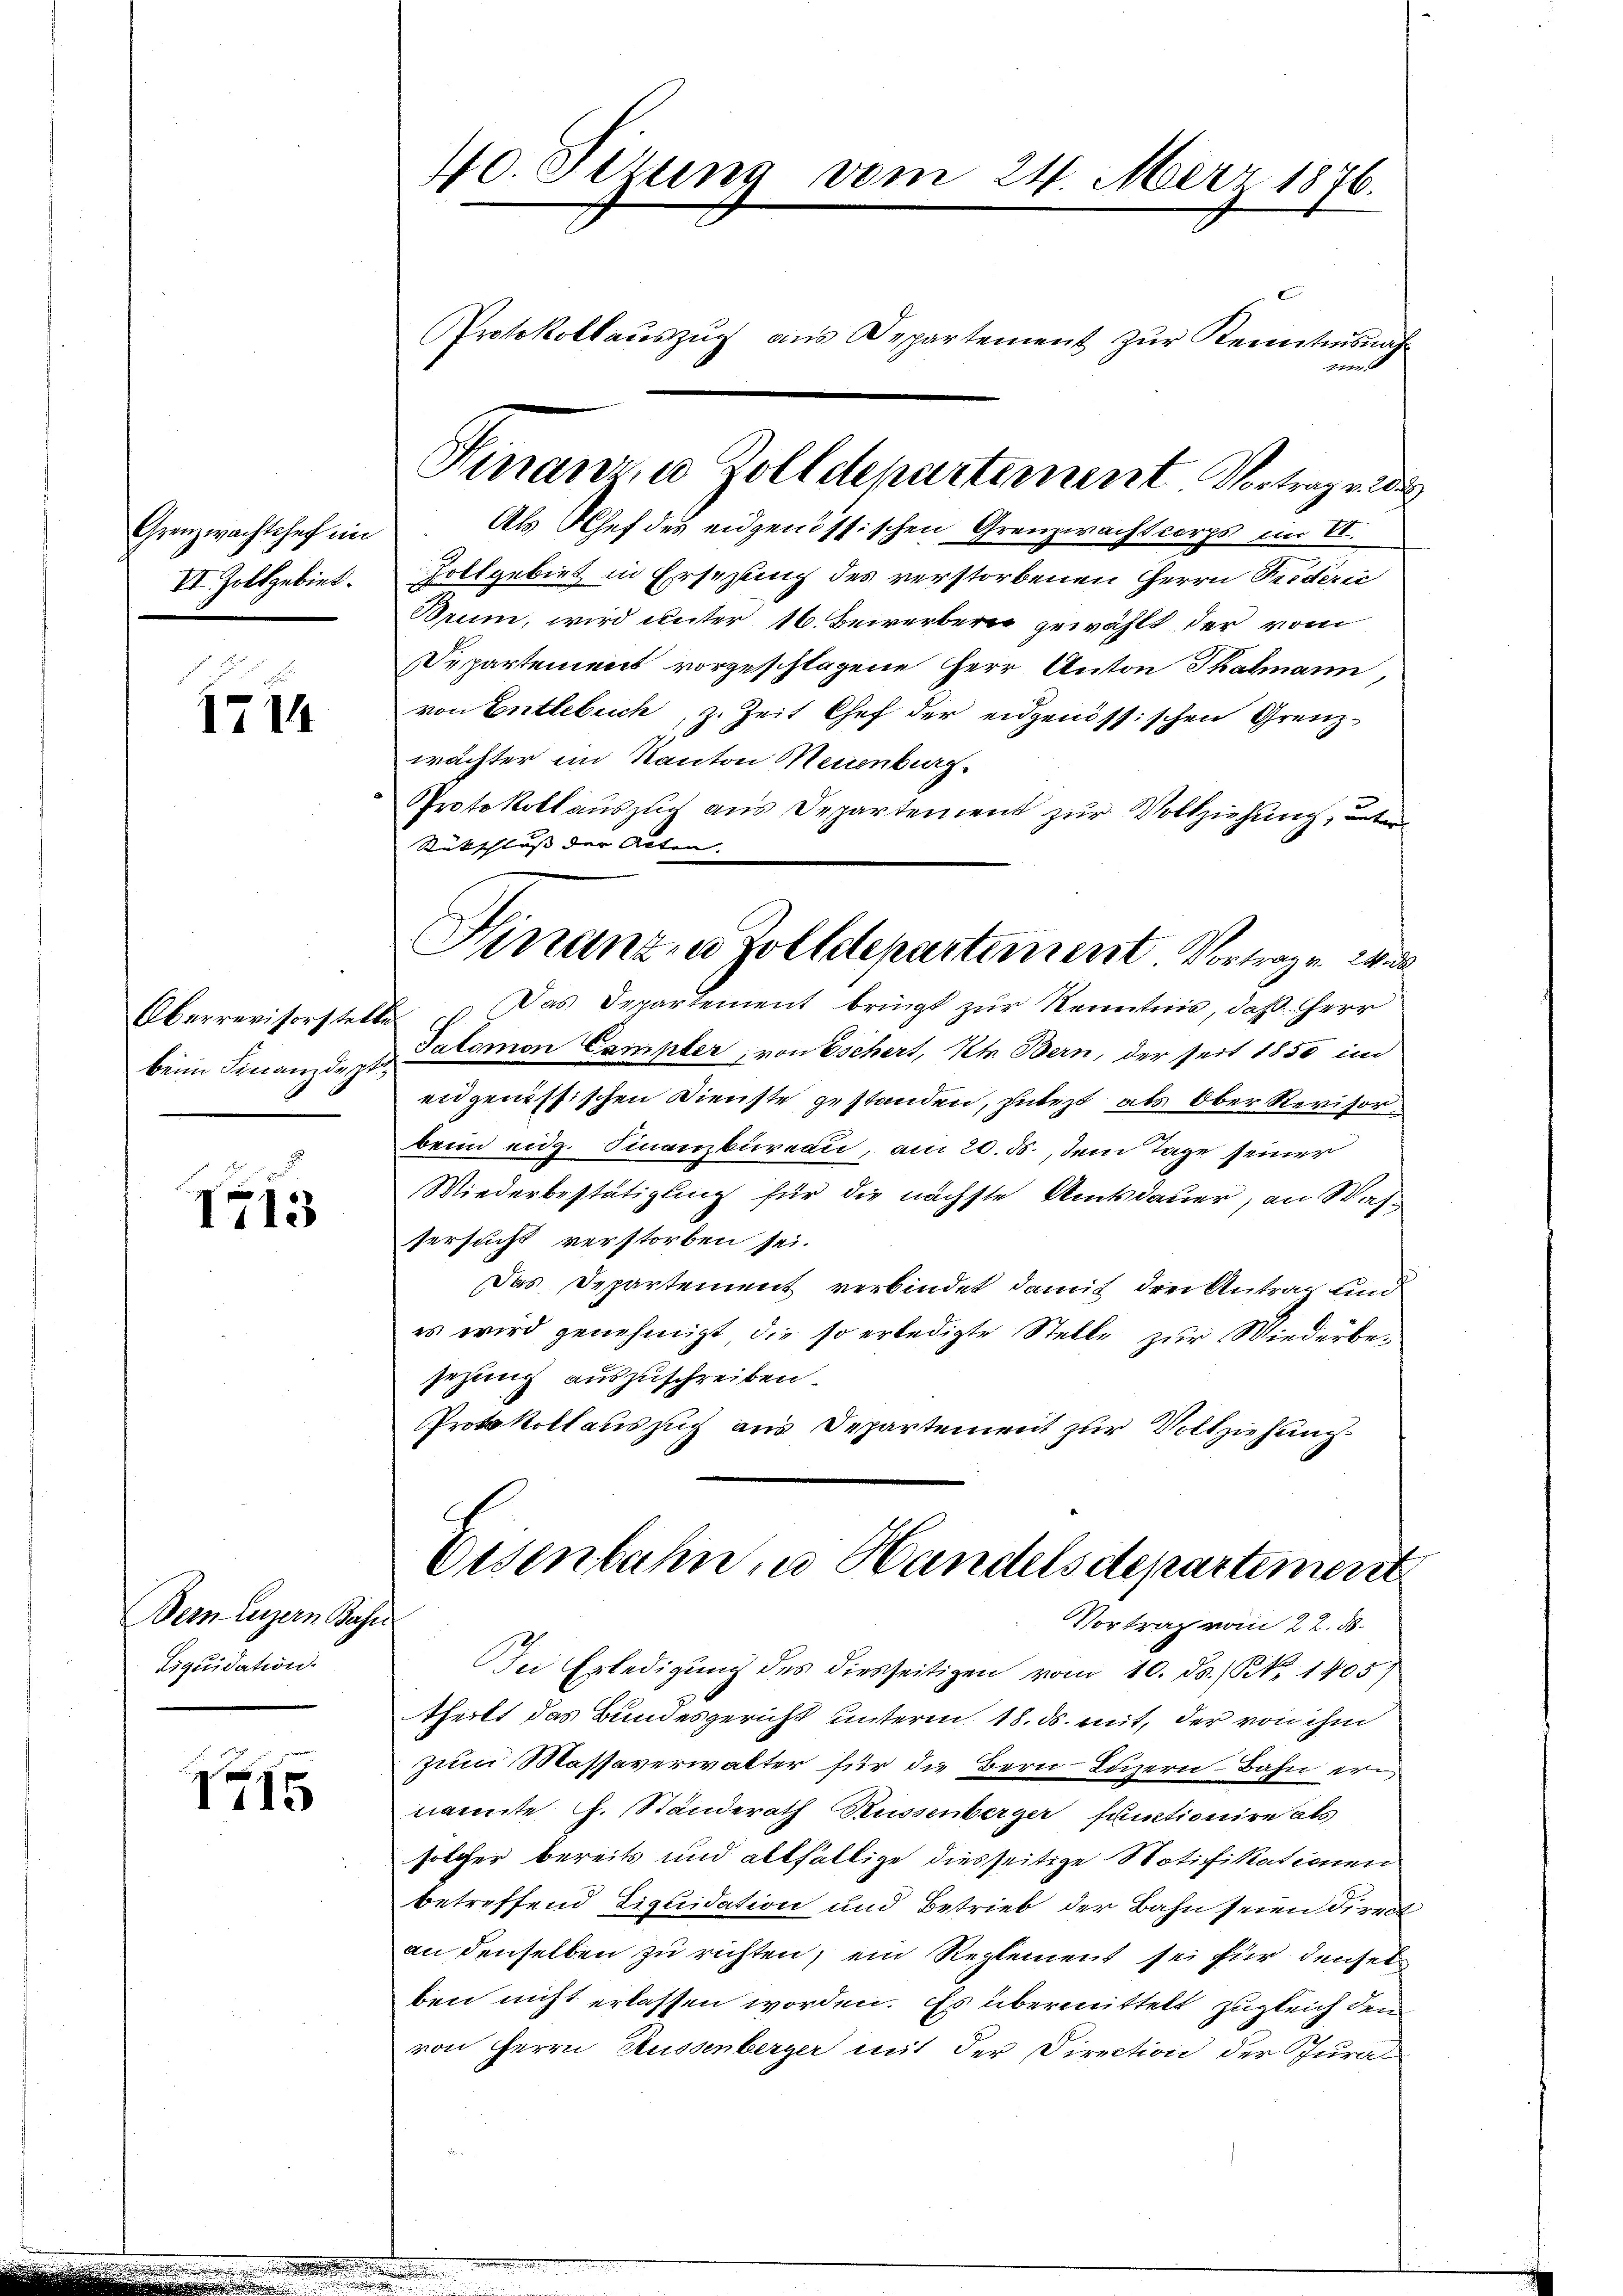
Grenzwachtshof ein
VV. Zoltgebiet.

1714

Oberrevisorstell
beim Finanzdept¬

1713

Dein Luzern Bahn
Liquidation.

1715

40. Sezung vom 24. März 1876.
Protokollaŭszŭg ans Departement zŭr Kenntnisnah¬
.

Als Chef des eidgenössischen Grenzwacht corps im II.
Zollgebiet in Ersezung des verstorbenen Herrn Prodérić
Brum, wird unter 16. Beirerber gewählt der vom
Departement vorgeschlagene Herr Anton Thalmann,
von Entlebuch, z. Zeit Chef der eidgenössischen Grenz-
wächter im Kanton Meisenburg.
Protokollauszug aus Departement zur Vollziehung, unte
Rückschluss der Alten. |
2. Das Departement bringt zur Kenntnis, daß Herr
Salomon Campter, von Eschert, Kt. Bern, der seit 1850 im
eidgenössischen Dienste gestanden, gutest, als Ober Revisorbeim eidg. Finanzbüreau, am 20. ds., dem Tage seiner
Wiederbestätigung für die nächste Amtsdauer, an Wasfersucht verstorben sei.
Das Departement verbindet damit drei Antrag und
es wird genehmigt, die so erledigte Stelle zur Wiederbesezung auszuschreiben
Protokollauszug aus Departement zur Vollziehung.
Eisenbahn, u. Handelsdepartement
Vortrag vom 22. 86.
ei Erledigung des diesseitigen vom 10. ds. S. 1405)
theilt das Bundesgericht unteren 18. ds. mit, der von ihm
zum Massaverwalter für die Bern Luzern Bahn ernannte G. Standerath Russenberger sumtionire als
solcher bereits und allfältige diesseitige Notifikationen
betreffend Liquidation und Betrieb der Bahn seien direct
an denselben zu richten, ein Reglement sei für denselben nicht erlassen worden. Es übermittelt zugleich den
von Herrn Aussenberger mit der Direction der Jura¬

Finanzen Zolldepartement Vortrage des

Hinanzen Zolldepartement Vortragen. Wide